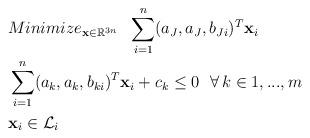
LaTeX: \begin{align*} & Minimize_{\mathbf{x}\in\mathbb{R}^{3n}}\ \ \sum\limits_{i=1}^n(a_J,a_J,b_{Ji})^T\mathbf{x}_i\\ &\sum\limits_{i=1}^n(a_k,a_k,b_{ki})^T\mathbf{x}_i+c_k\le0\ \ \forall\,k\in{1,...,m}\\ & \mathbf{x}_i\in\mathcal{L}_i \end{align*}